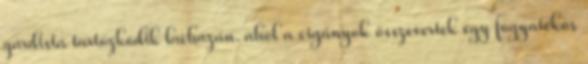
gárdista tartózkodik lacházán. ahol a cigányok összevertek egy fogyatékos